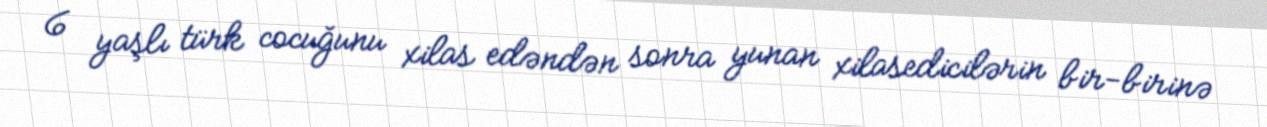
6 yaşlı türk cocuğunu xilas edəndən sonra yunan xilasedicilərin bir-birinə